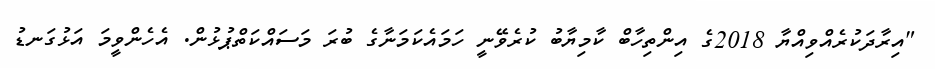
"އިރާދަކުރެއްވިއްޔާ 2018ގެ އިންތިހާބް ކާމިޔާބު ކުރެވޭނީ ހަމައެކަމަނާގެ ބުރަ މަސައްކަތްޕުޅުން. އެހެންވީމަ އަޅުގަނޑު